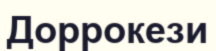
Доррокези